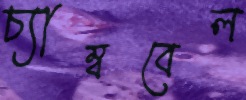
চ্যাম্ববেল